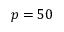
p = 5 0